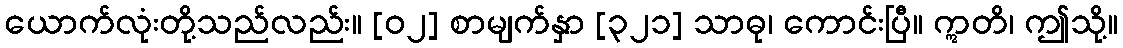
ယောက်လုံးတို့သည်လည်း။ [၀၂] စာမျက်နှာ [၃၂၁] သာဓု၊ ကောင်းပြီ။ ဣတိ၊ ဤသို့။